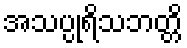
အသပ္ပုရိသဘတ္တိ